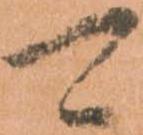
可